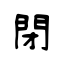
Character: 閉